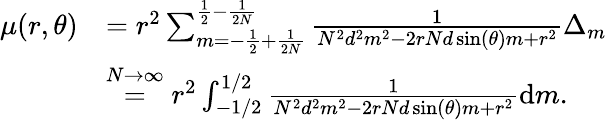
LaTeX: \begin{array}{rl}{\mu(r,\theta)}&{=r^{2}\sum_{m=-\frac{1}{2}+\frac{1}{2N}}^{\frac{1}{2}-\frac{1}{2N}}\frac{1}{N^{2}d^{2}m^{2}-2rNd\sin(\theta)m+r^{2}}\Delta_{m}}\\ &{\overset{N\rightarrow\infty}{=}r^{2}\int_{-1/2}^{1/2}\frac{1}{N^{2}d^{2}m^{2}-2rNd\sin(\theta)m+r^{2}}\mathrm{d}m.}\end{array}